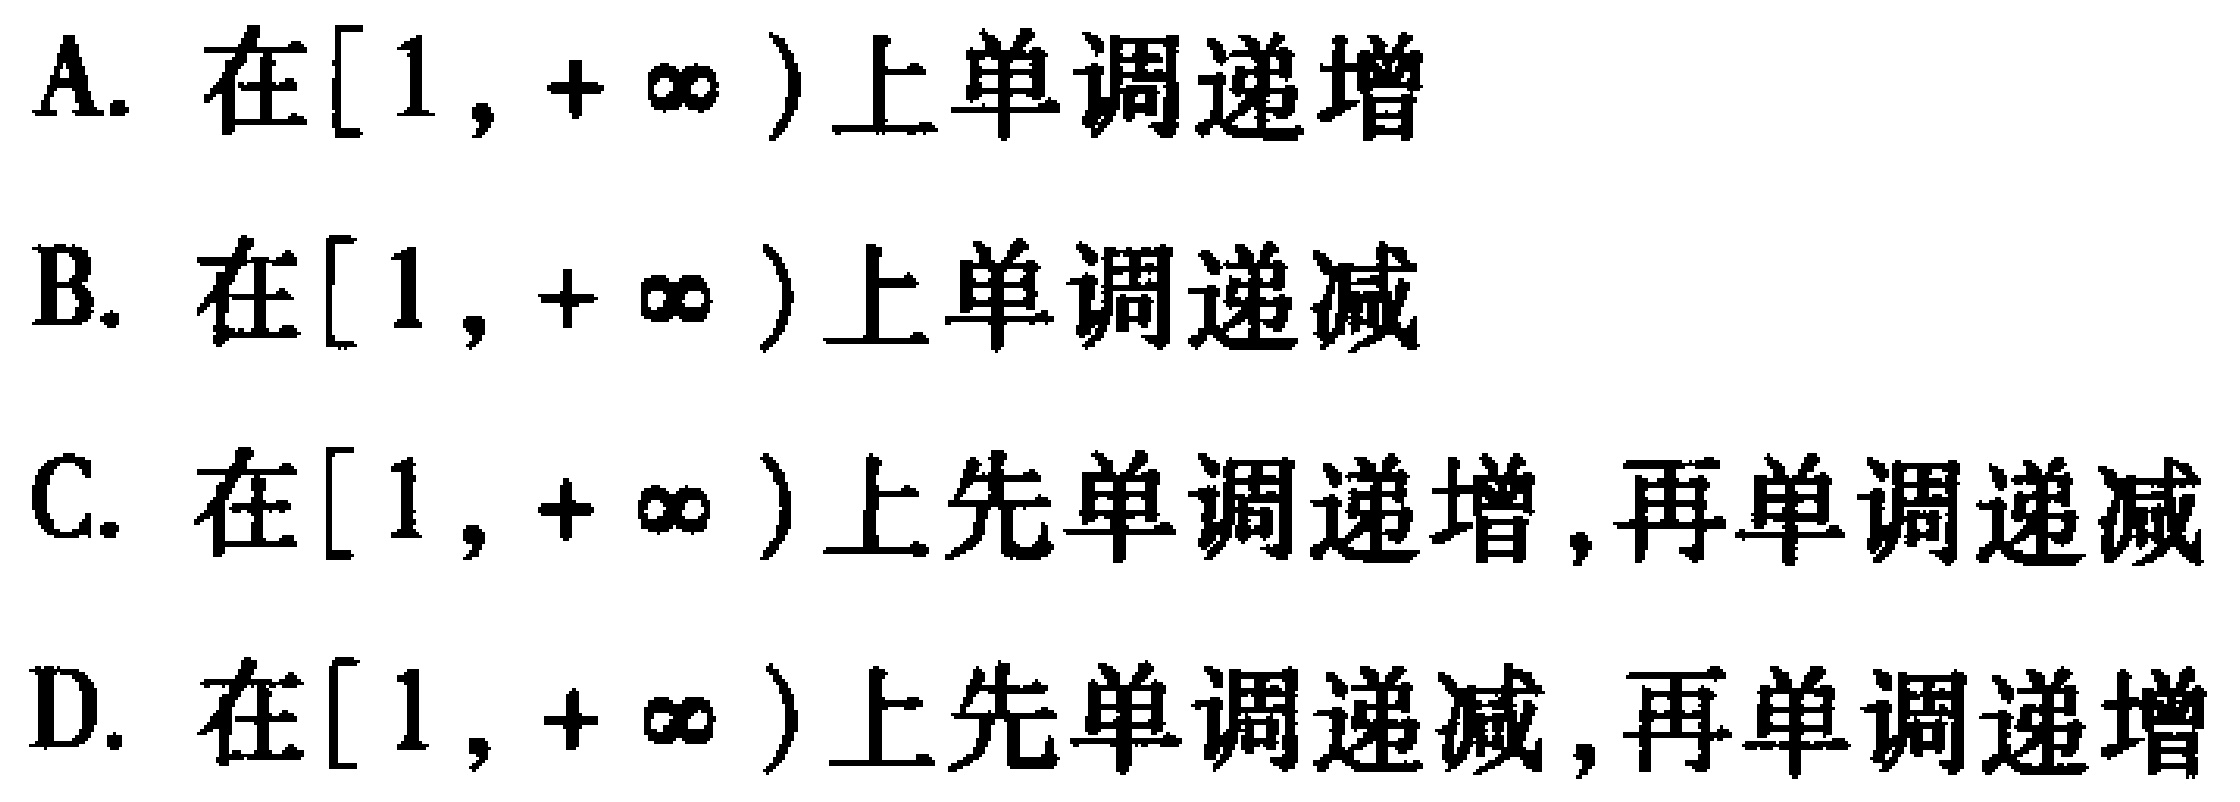
A. 在$[1,+\infty)$上单调递增

B. 在$[1,+\infty)$上单调递减

C. 在$[1,+\infty)$上先单调递增,再单调递减

D. 在$[1,+\infty)$上先单调递减,再单调递增